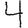
Digit: 4